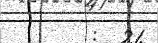
:  21